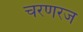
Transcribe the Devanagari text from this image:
चरणरज